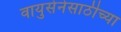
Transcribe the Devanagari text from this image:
वायुसेनेसाठीच्या